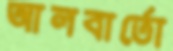
আলবার্তো